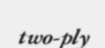
two-ply